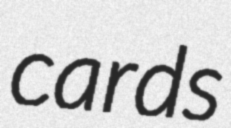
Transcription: cards